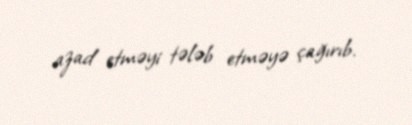
azad etməyi tələb etməyə çağırıb.